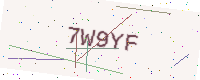
Text: 7W9YF